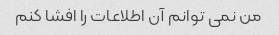
من نمی توانم آن اطلاعات را افشا کنم